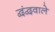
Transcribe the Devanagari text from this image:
द्वंद्ववाले